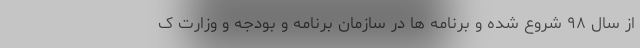
از سال ۹۸ شروع شده و برنامه ها در سازمان برنامه و بودجه و وزارت ک